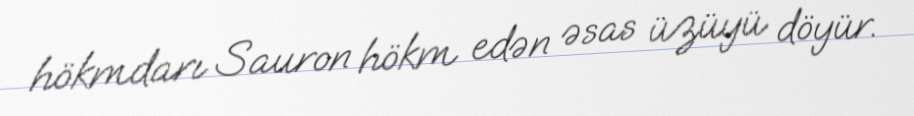
hökmdarı Sauron hökm edən əsas üzüyü döyür.